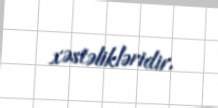
xəstəlikləridir.